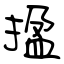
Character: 㨕